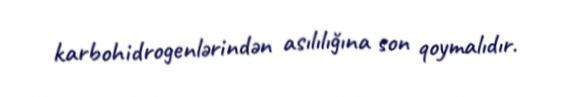
karbohidrogenlərindən asılılığına son qoymalıdır.